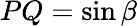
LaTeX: PQ=\sin\beta